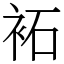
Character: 袥